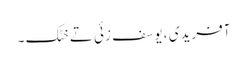
آفریدی ، یوسف زئی تے خٹک ۔